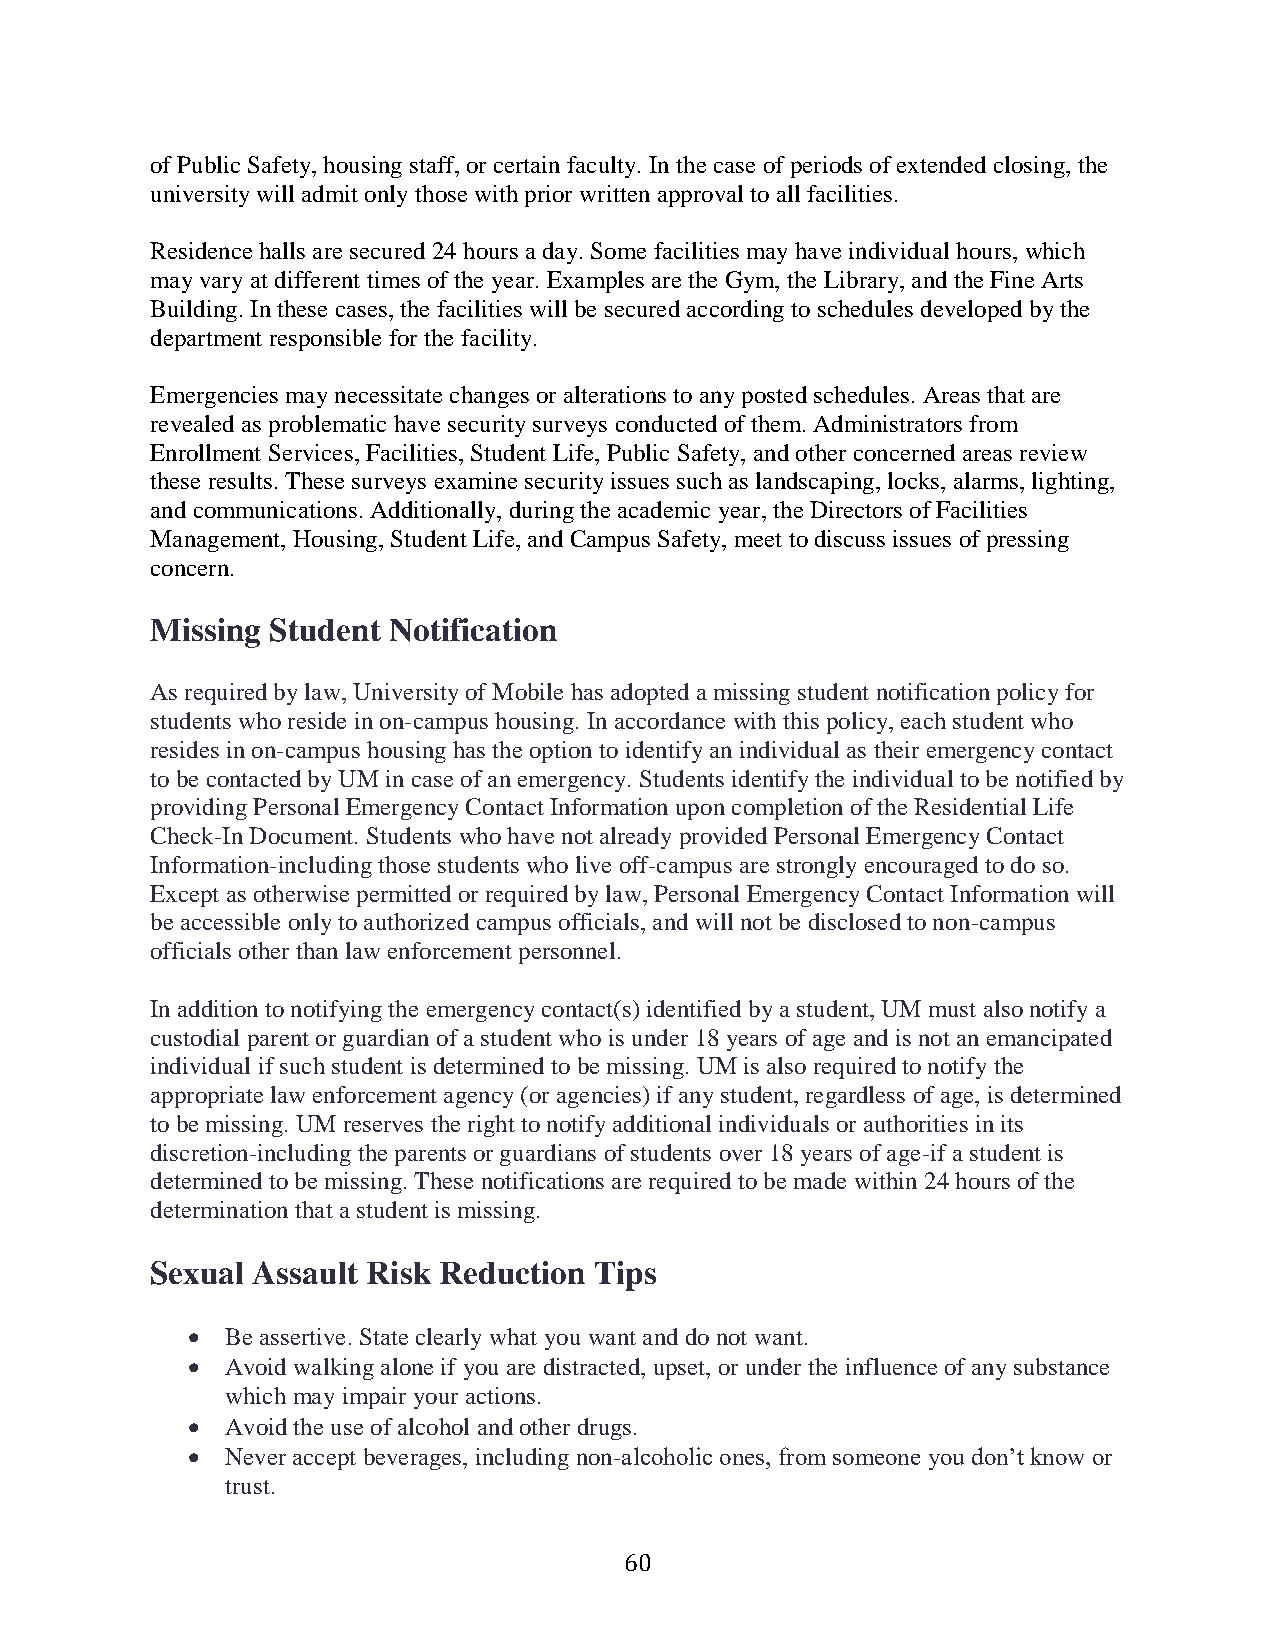
of Public Safety, housing staff, or certain faculty. In the case of periods of extended closing, the
 university will admit only those with prior written approval to all facilities.
 Residence halls are secured 24 hours a day. Some facilities may have individual hours, which
 may vary at different times of the year. Examples are the Gym, the Library, and the Fine Arts
 Building. In these cases, the facilities will be secured according to schedules developed by the
 department responsible for the facility.
 Emergencies may necessitate changes or alterations to any posted schedules. Areas that are
 revealed as problematic have security surveys conducted of them. Administrators from
 Enrollment Services, Facilities, Student Life, Public Safety, and other concerned areas review
 these results. These surveys examine security issues such as landscaping, locks, alarms, lighting,
 and communications. Additionally, during the academic year, the Directors of Facilities
 Management, Housing, Student Life, and Campus Safety, meet to discuss issues of pressing
 concern.
 Missing Student Notification
 As required by law, University of Mobile has adopted a missing student notification policy for
 students who reside in on-campus housing. In accordance with this policy, each student who
 resides in on-campus housing has the option to identify an individual as their emergency contact
 to be contacted by UM in case of an emergency. Students identify the individual to be notified by
 providing Personal Emergency Contact Information upon completion of the Residential Life
 Check-In Document. Students who have not already provided Personal Emergency Contact
 Information-including those students who live off-campus are strongly encouraged to do so.
 Except as otherwise permitted or required by law, Personal Emergency Contact Information will
 be accessible only to authorized campus officials, and will not be disclosed to non-campus
 officials other than law enforcement personnel.
 In addition to notifying the emergency contact(s) identified by a student, UM must also notify a
 custodial parent or guardian of a student who is under 18 years of age and is not an emancipated
 individual if such student is determined to be missing. UM is also required to notify the
 appropriate law enforcement agency (or agencies) if any student, regardless of age, is determined
 to be missing. UM reserves the right to notify additional individuals or authorities in its
 discretion-including the parents or guardians of students over 18 years of age-if a student is
 determined to be missing. These notifications are required to be made within 24 hours of the
 determination that a student is missing.
 Sexual Assault Risk Reduction Tips
   Be assertive. State clearly what you want and do not want.
   Avoid walking alone if you are distracted, upset, or under the influence of any substance
 which may impair your actions.
   Avoid the use of alcohol and other drugs.
   Never accept beverages, including non-alcoholic ones, from someone you don’t know or
 trust.
 60